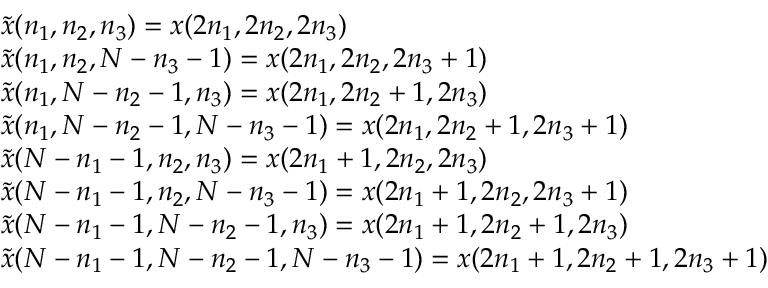
{ \begin{array} { l c l } { { \tilde { x } } ( n _ { 1 } , n _ { 2 } , n _ { 3 } ) = x ( 2 n _ { 1 } , 2 n _ { 2 } , 2 n _ { 3 } ) } \\ { { \tilde { x } } ( n _ { 1 } , n _ { 2 } , N - n _ { 3 } - 1 ) = x ( 2 n _ { 1 } , 2 n _ { 2 } , 2 n _ { 3 } + 1 ) } \\ { { \tilde { x } } ( n _ { 1 } , N - n _ { 2 } - 1 , n _ { 3 } ) = x ( 2 n _ { 1 } , 2 n _ { 2 } + 1 , 2 n _ { 3 } ) } \\ { { \tilde { x } } ( n _ { 1 } , N - n _ { 2 } - 1 , N - n _ { 3 } - 1 ) = x ( 2 n _ { 1 } , 2 n _ { 2 } + 1 , 2 n _ { 3 } + 1 ) } \\ { { \tilde { x } } ( N - n _ { 1 } - 1 , n _ { 2 } , n _ { 3 } ) = x ( 2 n _ { 1 } + 1 , 2 n _ { 2 } , 2 n _ { 3 } ) } \\ { { \tilde { x } } ( N - n _ { 1 } - 1 , n _ { 2 } , N - n _ { 3 } - 1 ) = x ( 2 n _ { 1 } + 1 , 2 n _ { 2 } , 2 n _ { 3 } + 1 ) } \\ { { \tilde { x } } ( N - n _ { 1 } - 1 , N - n _ { 2 } - 1 , n _ { 3 } ) = x ( 2 n _ { 1 } + 1 , 2 n _ { 2 } + 1 , 2 n _ { 3 } ) } \\ { { \tilde { x } } ( N - n _ { 1 } - 1 , N - n _ { 2 } - 1 , N - n _ { 3 } - 1 ) = x ( 2 n _ { 1 } + 1 , 2 n _ { 2 } + 1 , 2 n _ { 3 } + 1 ) } \end{array} }